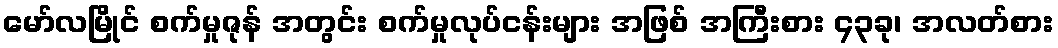
မော်လမြိုင် စက်မှုဇုန် အတွင်း စက်မှုလုပ်ငန်းများ အဖြစ် အကြီးစား ၄၃ခု၊ အလတ်စား